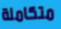
متكاملة